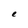
Character: e